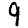
Digit: 9